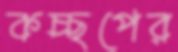
কচ্ছপের